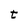
Character: t